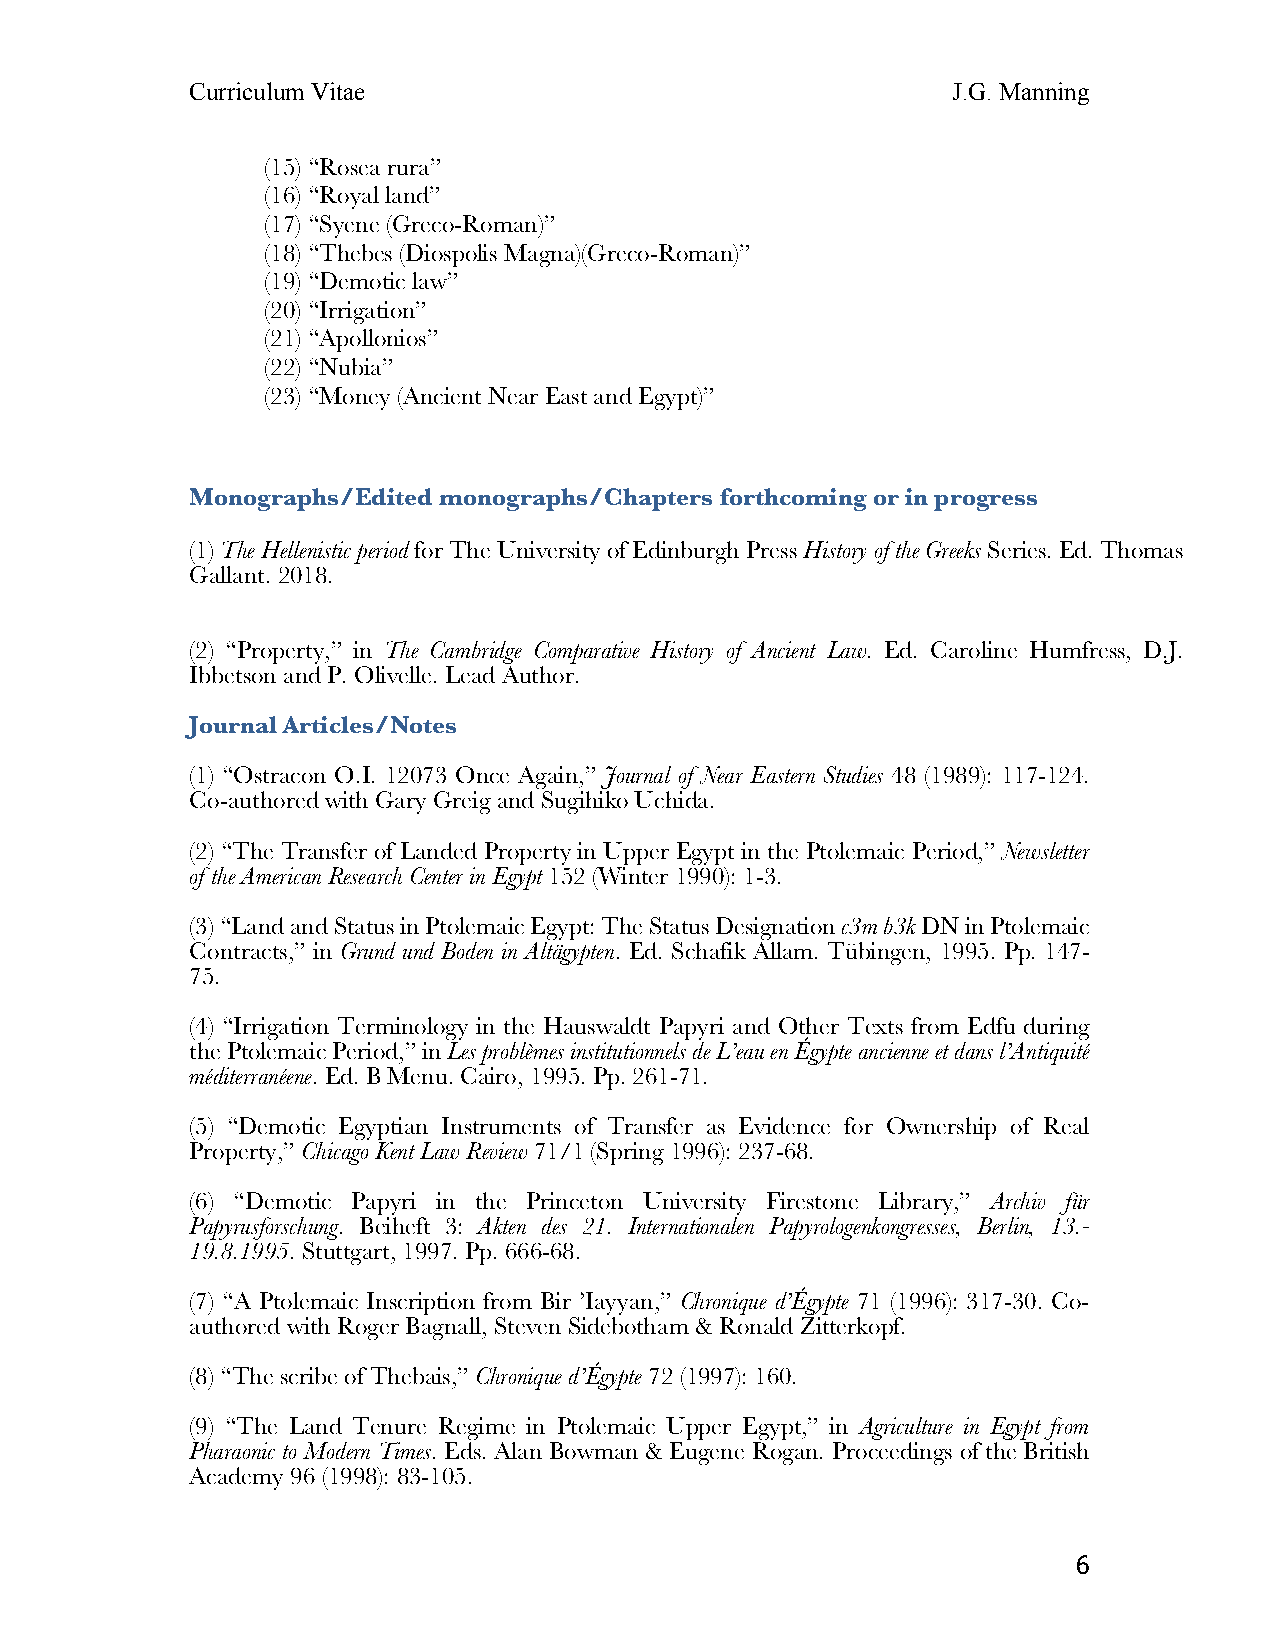
Curriculum Vitae                                  J.G. Manning
 (15) “Rosea rura”
 (16) “Royal land”
 (17) “Syene (Greco-Roman)”
 (18) “Thebes (Diospolis Magna)(Greco-Roman)”
 (19) “Demotic law”
 (20) “Irrigation”
 (21) “Apollonios”
 (22) “Nubia”
 (23) “Money (Ancient Near East and Egypt)”
 Monographs/Edited monographs/Chapters forthcoming or in progress
 (1) The Hellenistic period for The University of Edinburgh Press History of the Greeks Series. Ed. Thomas
 Gallant. 2018.
 (2) “Property,” in The Cambridge Comparative History of Ancient Law. Ed. Caroline Humfress, D.J.
 Ibbetson and P. Olivelle. Lead Author.
 Journal Articles/Notes
 (1) “Ostracon O.I. 12073 Once Again,” Journal of Near Eastern Studies 48 (1989): 117-124.
 Co-authored with Gary Greig and Sugihiko Uchida.
 (2) “The Transfer of Landed Property in Upper Egypt in the Ptolemaic Period,” Newsletter
 of the American Research Center in Egypt 152 (Winter 1990): 1-3.
 (3) “Land and Status in Ptolemaic Egypt: The Status Designation c3m b3k DN in Ptolemaic
 Contracts,” in Grund und Boden in Altägypten. Ed. Schafik Allam. Tübingen, 1995. Pp. 147-
 75.
 (4) “Irrigation Terminology in the Hauswaldt Papyri and Other Texts from Edfu during
 the Ptolemaic Period,” in Les problèmes institutionnels de L’eau en Égypte ancienne et dans l’Antiquité
 méditerranéene. Ed. B Menu. Cairo, 1995. Pp. 261-71.
 (5) “Demotic Egyptian Instruments of Transfer as Evidence for Ownership of Real
 Property,” Chicago Kent Law Review 71/1 (Spring 1996): 237-68.
 (6) “Demotic Papyri in the Princeton University Firestone Library,” Archiv für
 Papyrusforschung. Beiheft 3: Akten des 21. Internationalen Papyrologenkongresses, Berlin, 13.-
 19.8.1995. Stuttgart, 1997. Pp. 666-68.
 (7) “A Ptolemaic Inscription from Bir ’Iayyan,” Chronique d’Égypte 71 (1996): 317-30. Co-
 authored with Roger Bagnall, Steven Sidebotham & Ronald Zitterkopf.
 (8) “The scribe of Thebais,” Chronique d’Égypte 72 (1997): 160.
 (9) “The Land Tenure Regime in Ptolemaic Upper Egypt,” in Agriculture in Egypt from
 Pharaonic to Modern Times. Eds. Alan Bowman & Eugene Rogan. Proceedings of the British
 Academy 96 (1998): 83-105.
 6